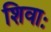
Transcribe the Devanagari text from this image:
शिवाः